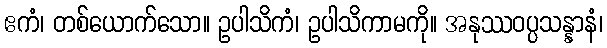
ဧကံ၊ တစ်ယောက်သော။ ဥပါသိကံ၊ ဥပါသိကာမကို။ အနုဿဝပ္ပသန္နာနံ၊